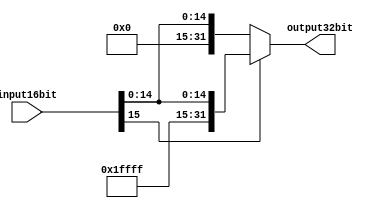

module SignExten(input16bit, output32bit);

input [15:0] input16bit;
output [31:0] output32bit;

assign output32bit = (input16bit[15]==1'b1)
    ?{16'b1111_1111_1111_1111,input16bit}
    :{16'b0000_0000_0000_0000,input16bit};

endmodule